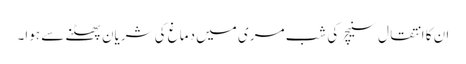
ان کا انتقال سنیچر کی شب مری میں دماغ کی شریان پھٹنے سے ہوا۔